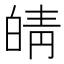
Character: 皘